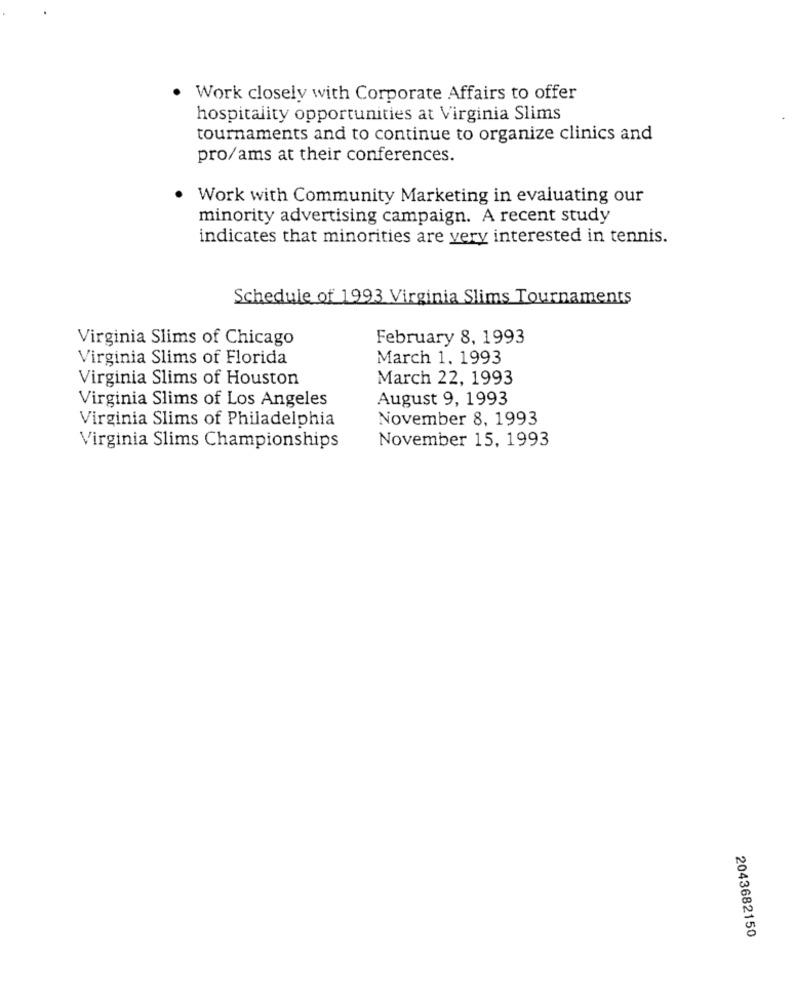
Work closely with Corporate Affairs to offer
hospitality opportunities at Virginia Slims
tournaments and to continue to organize clinics and
pro/ams at their conferences.
Work with Community Marketing in evaluating our
minority advertising campaign. A recent study
indicates that minorities are very interested in tennis.
Schedule of 1993 Virginia Slims Tournaments
Virginia Slims of Chicago
February 8, 1993
Virginia Slims of Florida
March 1. 1993
Virginia Slims of Houston
March 22, 1993
Virginia Slims of Los Angeles
August 9, 1993
Virginia Slims of Philadelphia
November 8, 1993
November 15, 1993
Virginia Slims Championships
2043682150